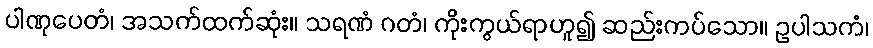
ပါဏုပေတံ၊ အသက်ထက်ဆုံး။ သရဏံ ဂတံ၊ ကိုးကွယ်ရာဟူ၍ ဆည်းကပ်သော။ ဥပါသကံ၊